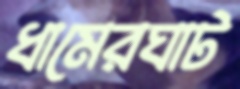
ধামেরঘাট